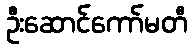
ဦးဆောင်ကော်မတီ